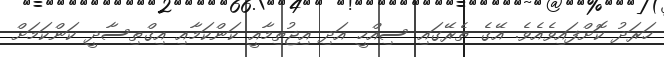
ހަރަދު ކޮށްފައިވެއެވެ. އޭގެ ތެރޭގައި ސިއްހީ އަދި އިޖުތިމާއީ ކަންކަމާއި އިގްތިސާދީ ކަންކަމަށް